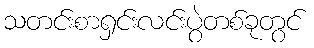
သတင်းစာရှင်းလင်းပွဲတစ်ခုတွင်